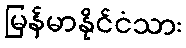
မြန်မာနိုင်ငံသား